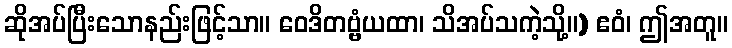
ဆိုအပ်ပြီးသောနည်းဖြင့်သာ။ ဝေဒိတဗ္ဗံယထာ၊ သိအပ်သကဲ့သို့။) ဧဝံ၊ ဤအတူ။